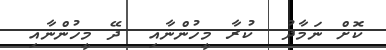
ކޮށް ނަމާދު  ކުރާ މީހުންނާއި  ދޭ މީހުންނާއި